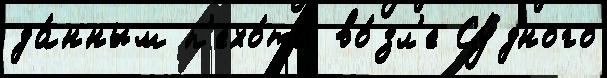
да́нным п'ехо́та во́зл'е Су́дного